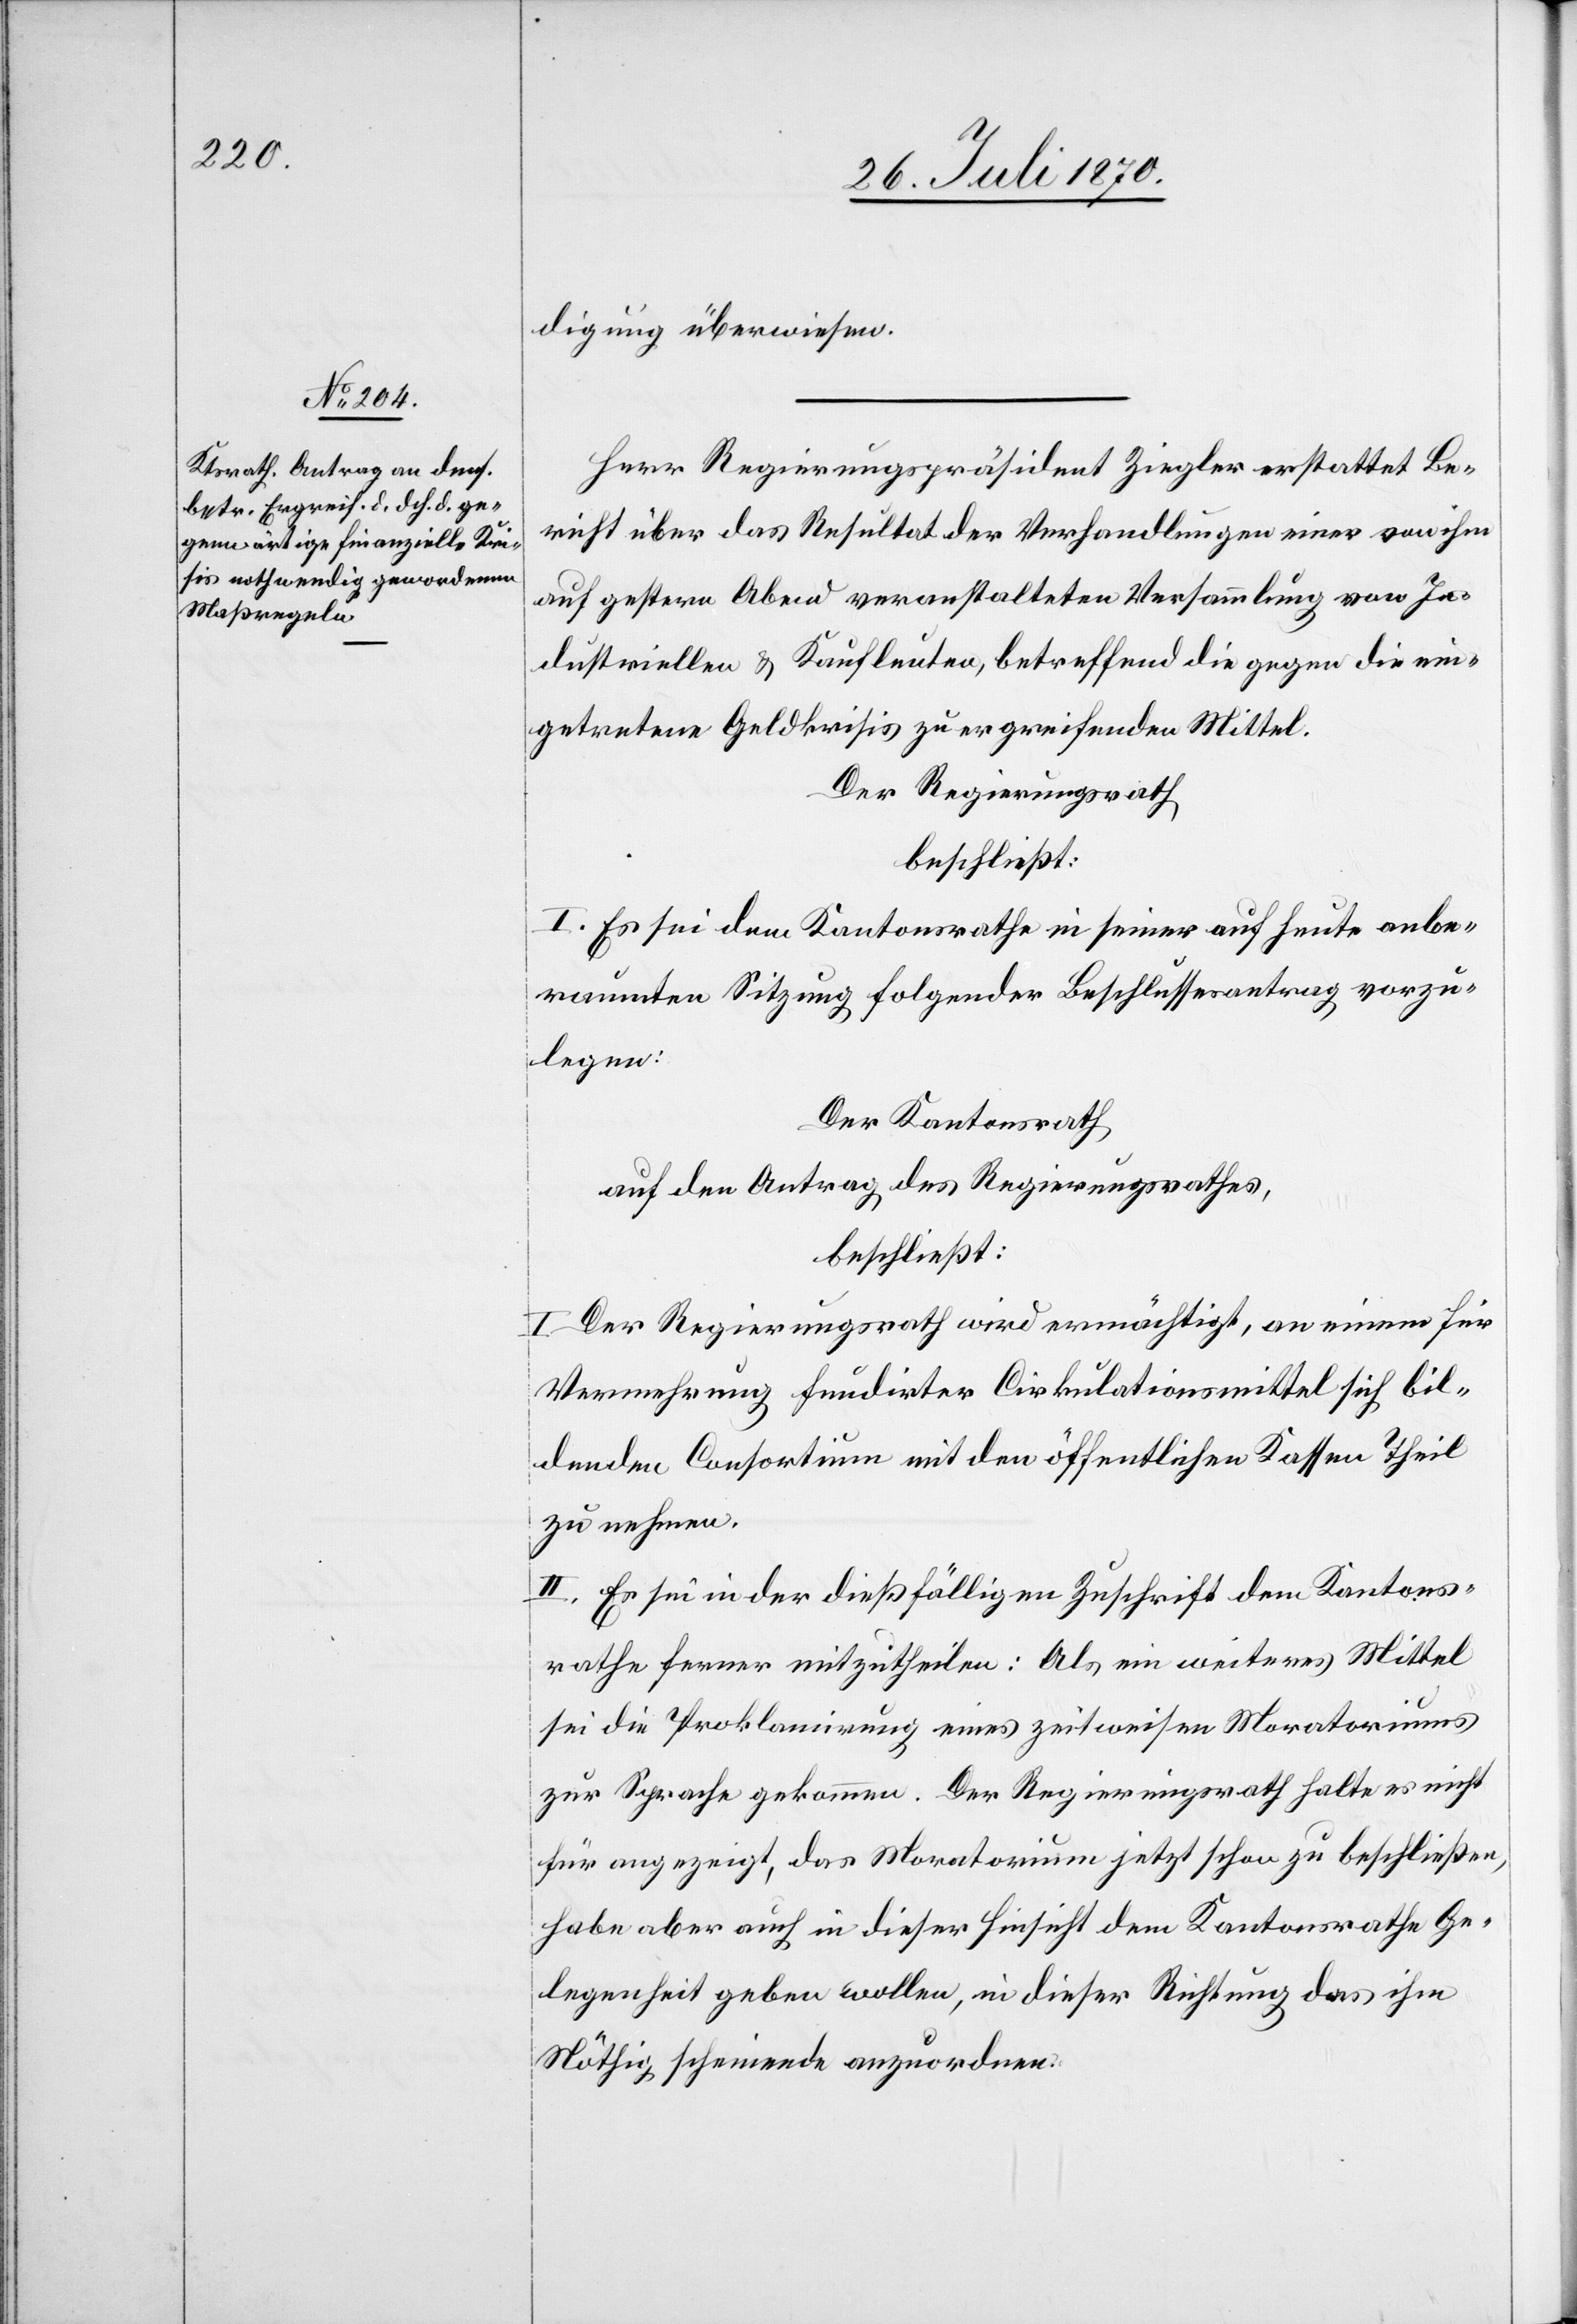
digung überwiesen.
Herr Regierungspräsident Ziegler erstattet Be¬
richt über das Resultat der Verhandlungen einer von ihm
auf gestern Abend veranstalteten Versammlung von In¬
dustriellen & Kaufleuten, betreffend die gegen die ein¬
getretene Geldkrisis zu ergreifenden Mittel.
Der Regierungsrath
beschließt:
I. Es sei dem Kantonsrathe in seiner auf heute anbe¬
raumten Sitzung folgender Beschlussesantrag vorzu¬
legen:
Der Kantonsrath
auf den Antrag des Regierungsrathes,
beschließt:
I. Der Regierungsrath wird ermächtigt, an einem für
Vermehrung fundirter Cirkulationsmittel sich bil¬
denden Consortium mit den öffentlichen Kassen Theil
zu nehmen.
II. Es sei in der dießfälligen Zuschrift dem Kantons¬
rathe ferner mitzutheilen: Als ein weiteres Mittel
sei die Proklamirung eines zeitweisen Moratoriums
zur Sprache gekommen. Der Regierungsrath halte es nicht
für angezeigt, das Moratorium jetzt schon zu beschließen,
habe aber auch in dieser Hinsicht dem Kantonsrathe Ge¬
legenheit geben wollen, in dieser Richtung das ihm
Nöthig scheinende anzuordnen.